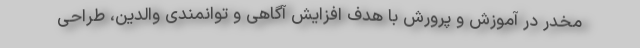
مخدر در آموزش و پرورش با هدف افزایش آگاهی و توانمندی والدین، طراحی